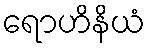
ရောဟိနိယံ